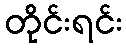
တိုင်းရင်း